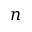
n